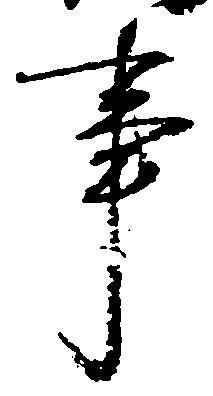
事